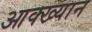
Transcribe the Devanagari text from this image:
आक्ख्यान